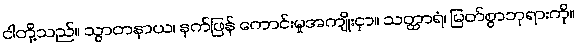
ငါတို့သည်။ သွာတနာယ၊ နက်ဖြန် ကောင်းမှုအကျိုးငှာ။ သတ္ထာရံ၊ မြတ်စွာဘုရားကို။